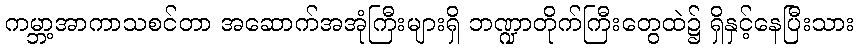
ကမ္ဘာ့အာကာသစင်တာ အဆောက်အအုံကြီးများရှိ ဘဏ္ဍာတိုက်ကြီးတွေထဲ၌ ရှိနှင့်နေပြီးသား